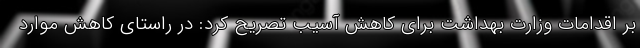
بر اقدامات وزارت بهداشت برای کاهش آسیب تصریح کرد: در راستای کاهش موارد